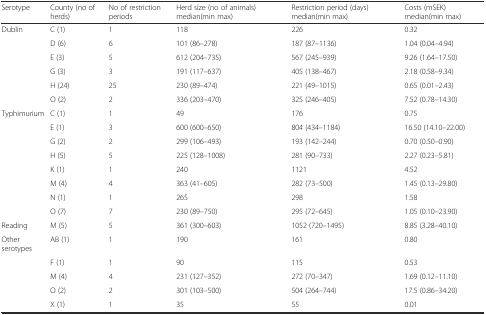
<table><thead><tr><td><b>Serotype</b></td><td><b>County (no of herds)</b></td><td><b>No of restriction periods</b></td><td><b>Herd size (no of animals) median(min max)</b></td><td><b>Restriction period (days) median(min max)</b></td><td><b>Costs (mSEK) median(min max)</b></td></tr></thead><tbody><tr><td>Dublin</td><td>C (1)</td><td>1</td><td>118</td><td>226</td><td>0.32</td></tr><tr><td></td><td>D (6)</td><td>6</td><td>101 (86–278)</td><td>187 (87–1136)</td><td>1.04 (0.04–4.94)</td></tr><tr><td></td><td>E (3)</td><td>5</td><td>612 (204–735)</td><td>567 (245–939)</td><td>9.26 (1.64–17.50)</td></tr><tr><td></td><td>G (3)</td><td>3</td><td>191 (117–637)</td><td>405 (138–467)</td><td>2.18 (0.58–9.34)</td></tr><tr><td></td><td>H (24)</td><td>25</td><td>230 (89–474)</td><td>221 (49–1015)</td><td>0.65 (0.01–2.43)</td></tr><tr><td></td><td>O (2)</td><td>2</td><td>336 (203–470)</td><td>325 (246–405)</td><td>7.52 (0.78–14.30)</td></tr><tr><td>Typhimurium</td><td>C (1)</td><td>1</td><td>49</td><td>176</td><td>0.75</td></tr><tr><td></td><td>E (1)</td><td>3</td><td>600 (600–650)</td><td>804 (434–1184)</td><td>16.50 (14.10–22.00)</td></tr><tr><td></td><td>G (2)</td><td>2</td><td>299 (106–493)</td><td>193 (142–244)</td><td>0.70 (0.50–0.90)</td></tr><tr><td></td><td>H (5)</td><td>5</td><td>225 (128–1008)</td><td>281 (90–733)</td><td>2.27 (0.23–5.81)</td></tr><tr><td></td><td>K (1)</td><td>1</td><td>240</td><td>1121</td><td>4.52</td></tr><tr><td></td><td>M (4)</td><td>4</td><td>363 (41–605)</td><td>282 (73–500)</td><td>1.45 (0.13–29.80)</td></tr><tr><td></td><td>N (1)</td><td>1</td><td>265</td><td>298</td><td>1.58</td></tr><tr><td></td><td>O (7)</td><td>7</td><td>230 (89–750)</td><td>295 (72–645)</td><td>1.05 (0.10–23.90)</td></tr><tr><td>Reading</td><td>M (5)</td><td>5</td><td>361 (300–603)</td><td>1052 (720–1495)</td><td>8.85 (3.28–40.10)</td></tr><tr><td>Other serotypes</td><td>AB (1)</td><td>1</td><td>190</td><td>161</td><td>0.80</td></tr><tr><td></td><td>F (1)</td><td>1</td><td>90</td><td>115</td><td>0.53</td></tr><tr><td></td><td>M (4)</td><td>4</td><td>231 (127–352)</td><td>272 (70–347)</td><td>1.69 (0.12–11.10)</td></tr><tr><td></td><td>O (2)</td><td>2</td><td>301 (103–500)</td><td>504 (264–744)</td><td>17.5 (0.86–34.20)</td></tr><tr><td></td><td>X (1)</td><td>1</td><td>35</td><td>55</td><td>0.01</td></tr></tbody></table>